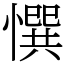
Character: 㦏